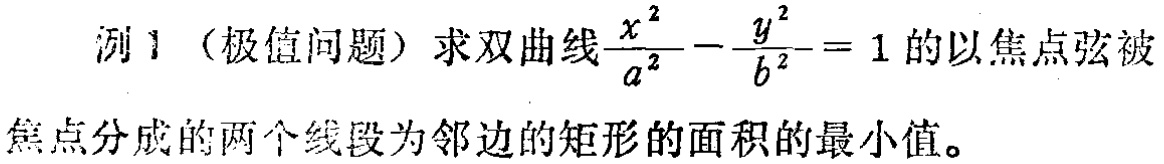
例1（极值问题）求双曲线$\frac{x^{2}}{a^{2}}-\frac{y^{2}}{b^{2}} = 1$的以焦点弦被焦点分成的两个线段为邻边的矩形的面积的最小值。